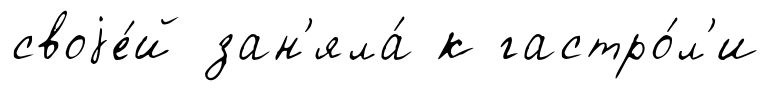
своjе́й зан'яла́ к гастро́л'и